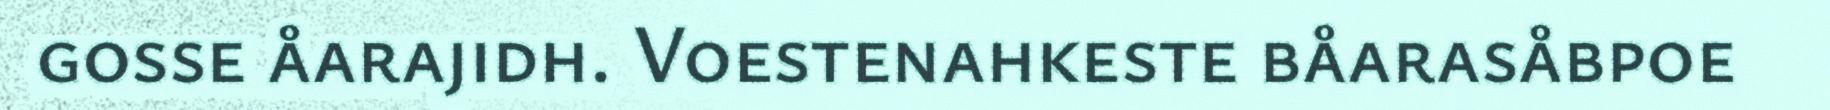
gosse åarajidh. Voestenahkeste båarasåbpoe